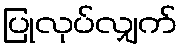
ပြုလုပ်လျှက်